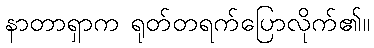
နာတာရှာက ရုတ်တရက်ပြောလိုက်၏။